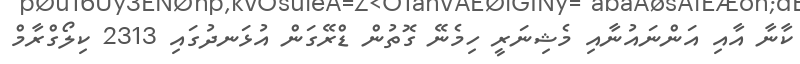
ކާނާ އާއި އަންނައުނާއި މެޝިނަރީ ހިމެނޭ ގޮތުން ޑްރޭގަން އުޅަނދުގައި 2313 ކިލޯގްރާމް